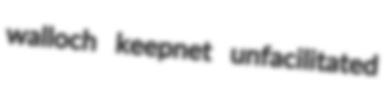
walloch keepnet unfacilitated